Emmaste_vallavalitsus, lk 39
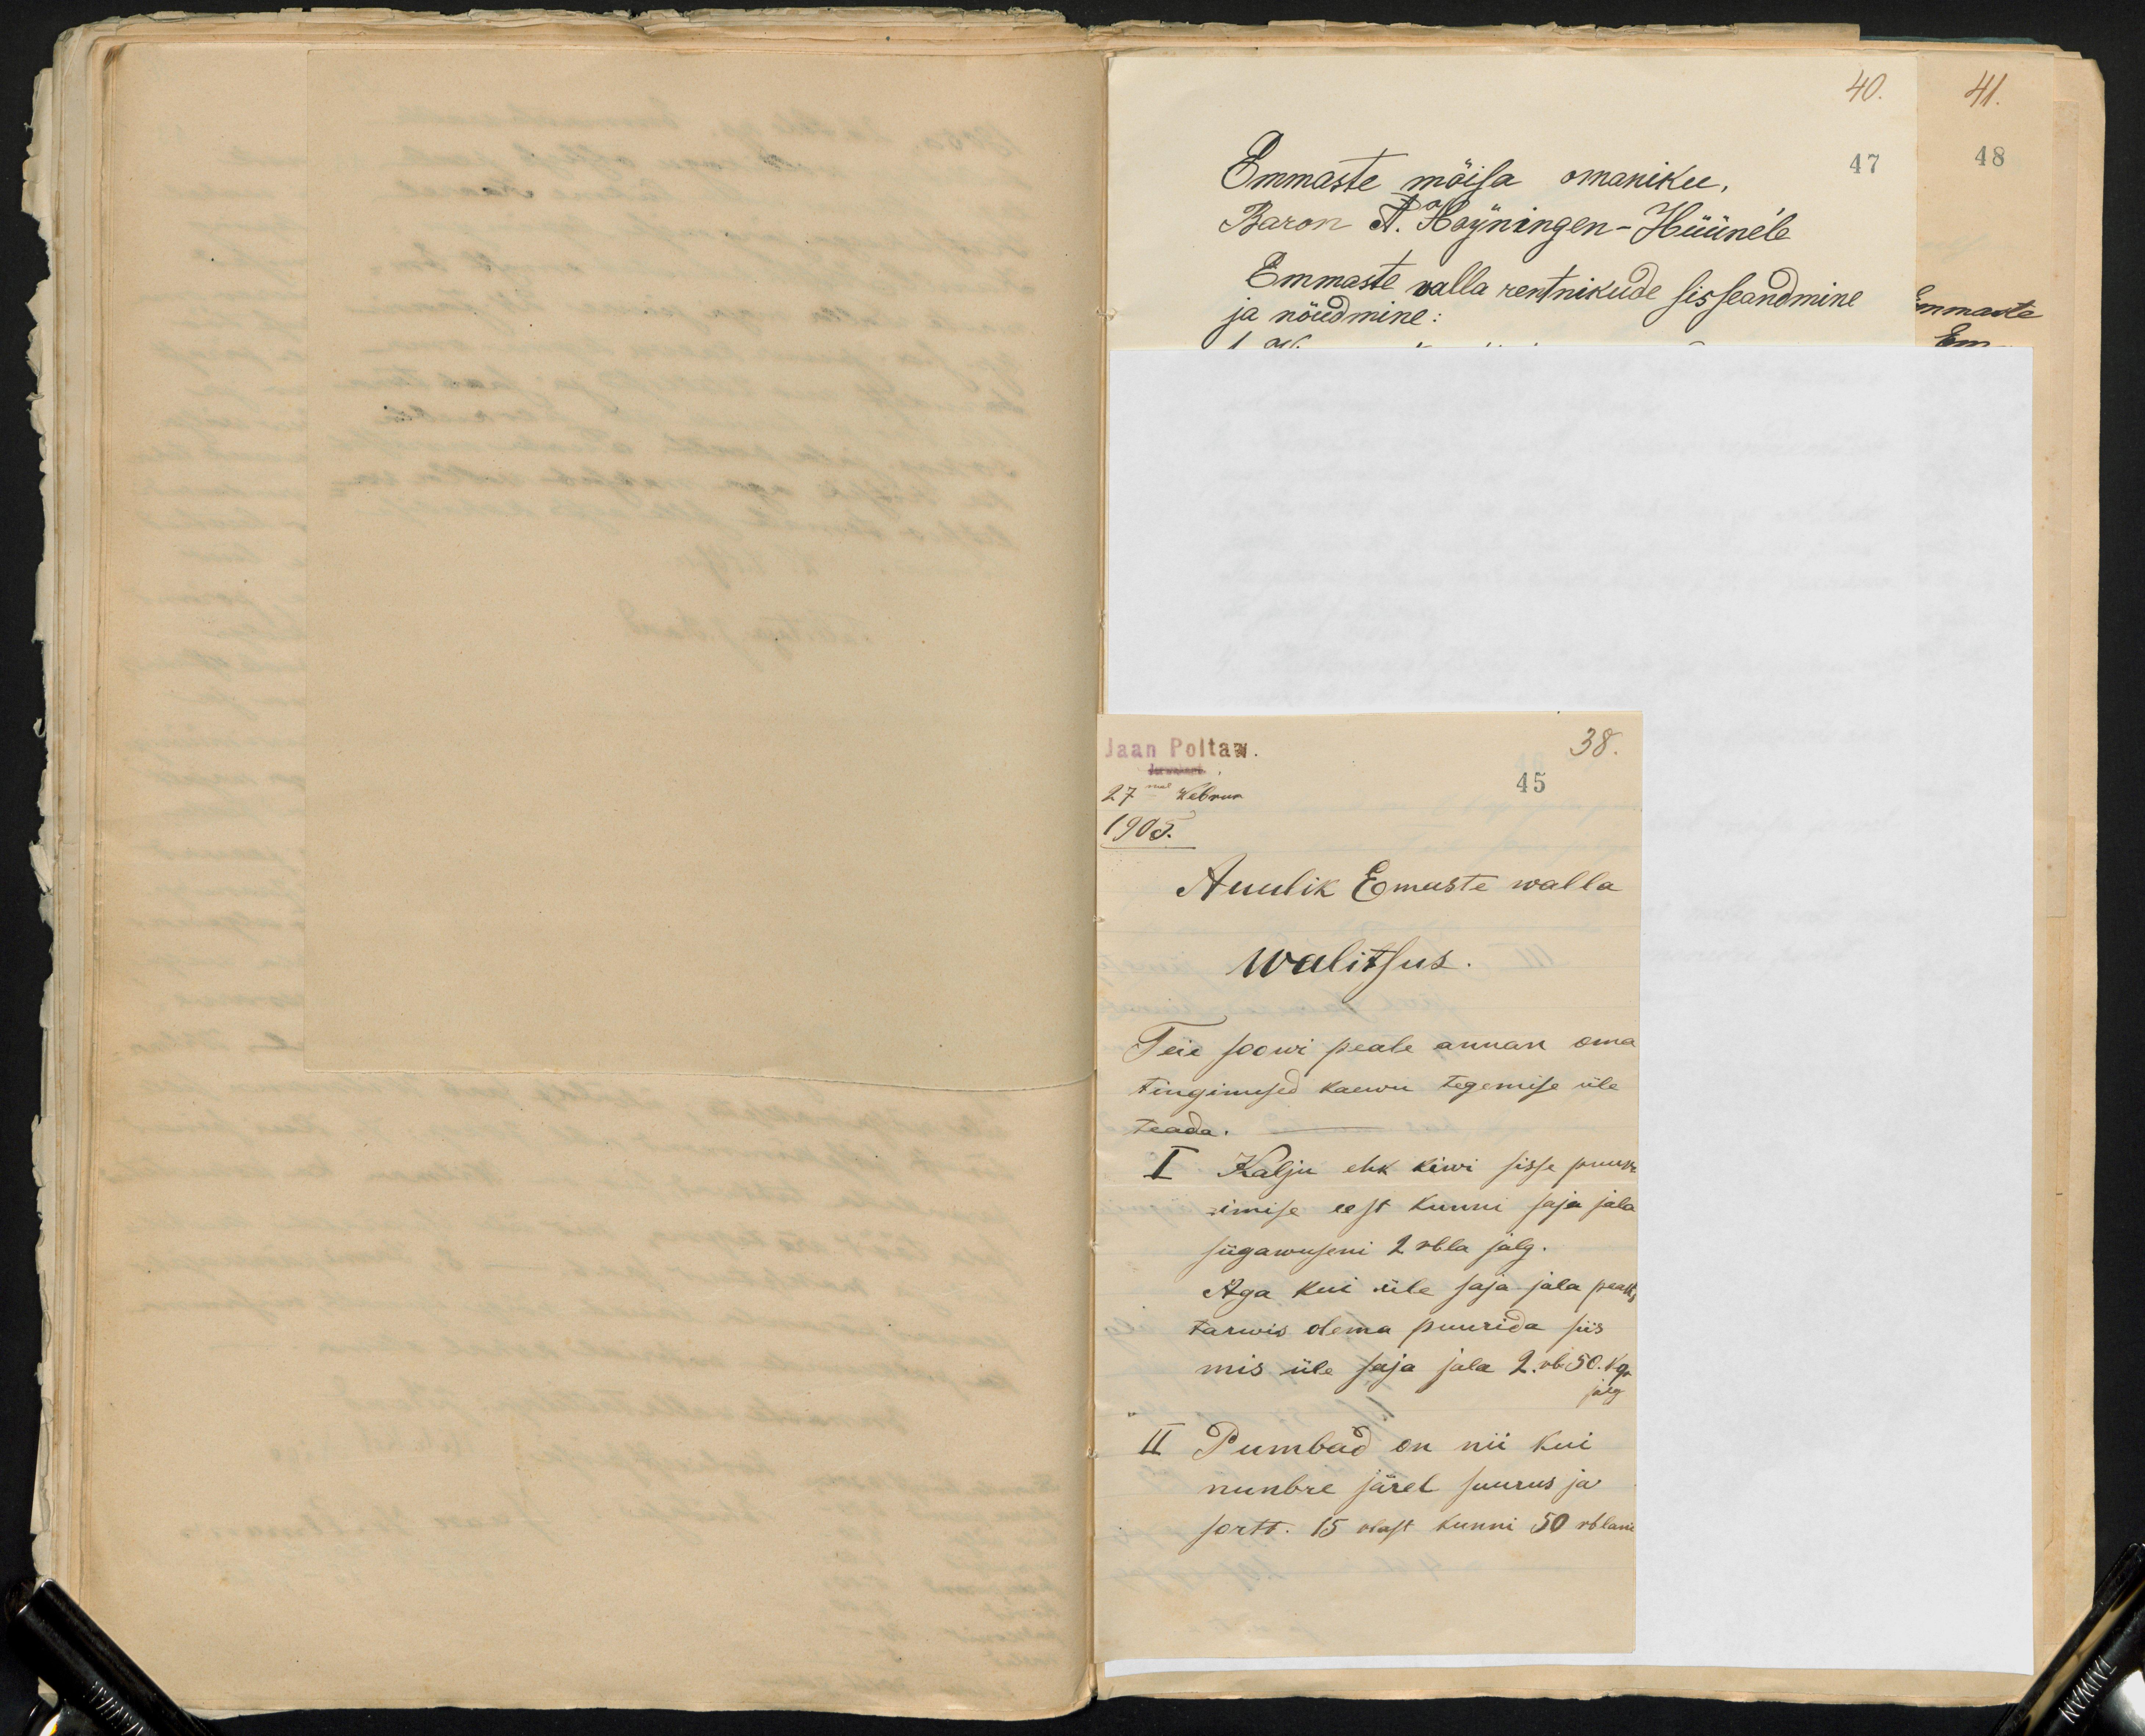
Jaan Poltaw.
38.
45
27mal Webrur
1905.
Auulik Emaste walla
walitsus.
Teie soowi peale annan oma
tingimised kaewu tegemise üle
teada.
I Kalju ehk kiwi sisse puur-
imise eest kunni saja jala
sügawuseni 2 rbla jalg.
Aga kui üle saja jala peaks
tarwis olema puurida siis
mis üle saja jala 2.rb. 50. kop.
jalg
II Pumbad on nii kui
numbre järel suurus ja
sortt. 15 rlast kunni 50 rblani